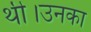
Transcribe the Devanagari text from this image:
थी।उनका